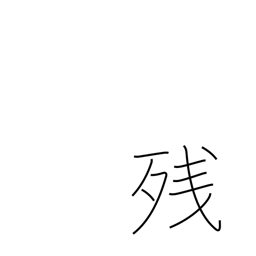
Meaning: balance